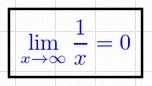
\lim_{x\to\infty}\frac{1}{x}=0